Annual report of the Punjab Veterinary College and of the Civil Veterinary Department, Punjab - 1926-1932
Year: 1926
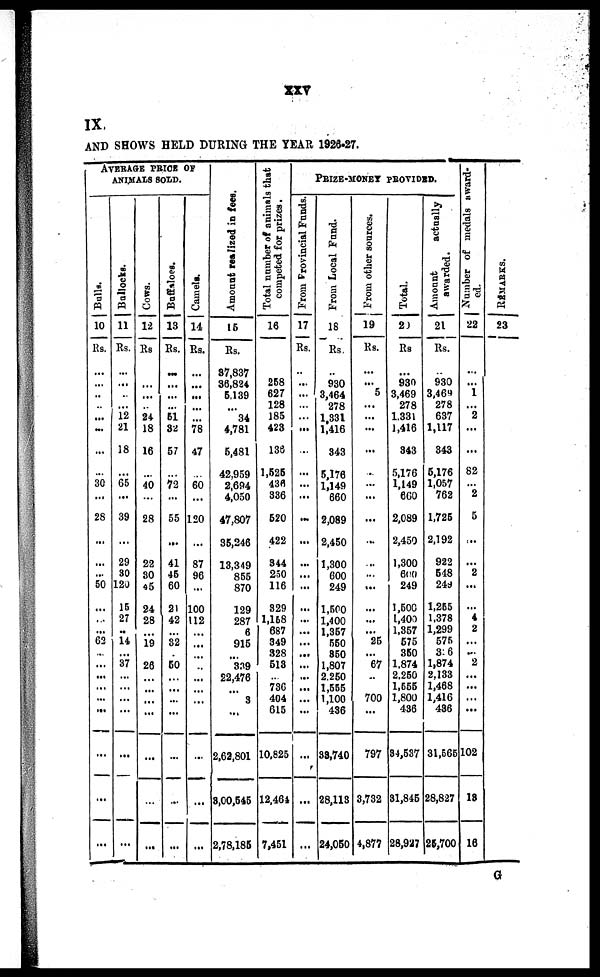
xxv
IX
AND SHOWS HELD DURING THE YEAR 1926-27.
AVERAGE PRICE OF
ANIMALS SOLD.
Bulla.
10
Rs.
...
...
...
...
...
...
...
...
30
...
28
...
...
...
50
...
...
...
62
...
...
...
...
...
...
...
...
...
Bullocks.
11
Rs.
...
...
...
...
12
21
18
...
55
...
39
...
29
30
120
15
27
..
14
...
37
...
...
...
...
...
...
...
Cows.
12
Rs
...
...
...
...
24
18
16
...
40
...
28
...
22
30
45
24
28
...
19
...
26
...
...
...
...
...
...
...
Buffaloes.
13
Rs.
...
...
...
...
51
32
57
...
72
...
55
...
41
45
60
21
42
...
32
...
50
...
...
...
...
...
...
...
Camels.
14
Rs.
...
...
...
...
...
78
47
...
60
...
120
...
87
96
...
100
112
...
...
...
...
...
...
...
...
...
...
...
Amo u n t r eal i zed in fees.
15
Rs.
37,837
36,824
5,139
...
34
4,781
5,481
42,959
2,694
4,050
47,807
35,246
13,349
855
870
129
287
6
915
...
339
22,476
...
3
...
2,62,801
3,00,545
2,78,185
Total number of animals that
competed for prizes.
16
258
627
128
185
423
136
1,525
436
336
520
422
344
250
116
329
1,158
687
349
328
513
...
73G
404
615
10,825
12,464
7,451
PRIZE-MONEY PROVIDED.
From Provincial Funds.
17
Rs.
...
...
...
...
...
...
...
...
...
...
...
...
...
...
...
...
...
...
...
...
...
...
...
...
...
...
...
...
From Local Fund.
18
Rs.
...
930
3,464
278
1,331
1,416
343
5,176
1,149
660
2,089
2,450
1,300
600
249
1,500
1,400
1,357
550
850
1,807
2,250
1,555
1,100
436
38,740
28,113
24,050
From other sources.
19
Rs.
...
...
5
...
...
...
...
...
...
...
...
...
...
...
...
...
...
...
25
...
67
...
...
700
...
797
3,732
4,877
Total.
20
Rs
...
930
3,469
278
1,331
1,416
343
5,176
1,149
660
2,089
2,450
1,300
600
249
1,500
1,400
1,357
575
350
1,874
2,250
1,555
1,800
436
34,537
31,845
28,927
A mount actually
awarded.
21
Rs.
...
930
3,469
278
637
1,117
343
5,176
1,057
762
1,725
2,192
922
548
249
1,265
1,378
1,299
575
336
1,874
2,133
1,468
1,416
436
31,565
28,827
25,700
Number of medals award-
ed.
22
...
...
1
...
2
...
...
82
...
2
5
...
...
2
...
...
4
2
...
...
2
...
...
...
...
102
13
16
REMARKS.
23
G